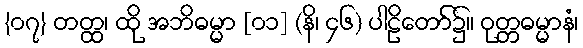
{၀၇} တတ္ထ၊ ထို အဘိဓမ္မာ [၀၁] (နိ၊ ၄၆) ပါဠိတော်၌။ ဝုတ္တဓမ္မာနံ၊